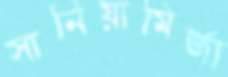
সানিয়ামির্জা